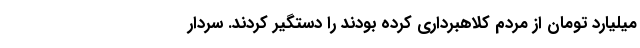
میلیارد تومان از مردم کلاهبرداری کرده بودند را دستگیر کردند. سردار